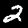
Digit: 2